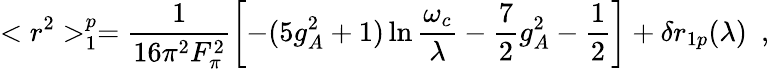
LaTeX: <r^{2}>_{1}^{p}=\frac{1}{16\pi^{2}F_{\pi}^{2}}\biggl[-(5g_{A}^{2}+1)\ln\frac{\omega_{c}}{\lambda}-\frac{7}{2}g_{A}^{2}-\frac{1}{2}\biggr]+\delta r_{1p}(\lambda)\, \, \, ,